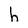
Character: h